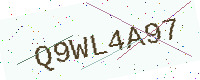
Text: Q9WL4A97